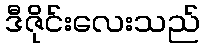
ဒီဇိုင်းလေးသည်